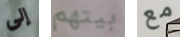
إلى بيتهم مع